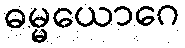
ဓမ္မယောဂေ